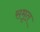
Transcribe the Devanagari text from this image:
समृत